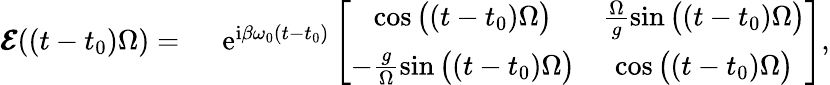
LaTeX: \begin{array}{rl}{\pmb{\mathcal{E}}((t-t_{0})\Omega)=~}&{\mathrm{e}^{\mathrm{i}\beta\omega_{0}(t-t_{0})}\left[\begin{array}{cc}{\cos\big((t-t_{0})\Omega\big)}&{\frac{\Omega}{g}\sin\big((t-t_{0})\Omega\big)}\\ {-\frac{g}{\Omega}\sin\big((t-t_{0})\Omega\big)}&{\cos\big((t-t_{0})\Omega\big)}\end{array}\right],}\end{array}